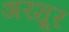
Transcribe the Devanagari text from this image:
अरशूर